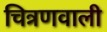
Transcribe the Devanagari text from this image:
चित्रणवाली